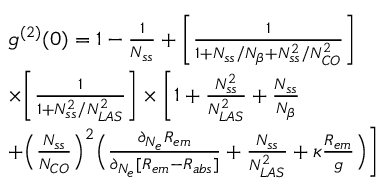
\begin{array} { r l } & { g ^ { ( 2 ) } ( 0 ) = 1 - \frac { 1 } { N _ { s s } } + \Bigg [ \frac { 1 } { 1 + N _ { s s } / N _ { \beta } + N _ { s s } ^ { 2 } / N _ { C O } ^ { 2 } } \Bigg ] } \\ & { \times \Bigg [ \frac { 1 } { 1 + N _ { s s } ^ { 2 } / N _ { L A S } ^ { 2 } } \Bigg ] \times \Bigg [ 1 + \frac { N _ { s s } ^ { 2 } } { N _ { L A S } ^ { 2 } } + \frac { N _ { s s } } { N _ { \beta } } } \\ & { + \Big ( \frac { N _ { s s } } { N _ { C O } } \Big ) ^ { 2 } \Big ( \frac { \partial _ { N _ { e } } R _ { e m } } { \partial _ { N _ { e } } [ R _ { e m } - R _ { a b s } ] } + \frac { N _ { s s } } { N _ { L A S } ^ { 2 } } + \kappa \frac { R _ { e m } } { g } \Big ) \Bigg ] } \end{array}